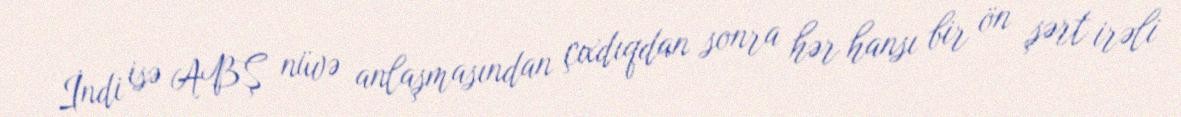
İndi isə ABŞ nüvə anlaşmasından çıxdıqdan sonra hər hansı bir ön şərt irəli